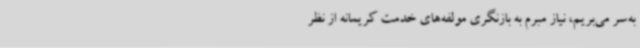
به‌سر می‌بریم، نیاز مبرم به بازنگری مولفه‌های خدمت کریمانه از نظر